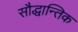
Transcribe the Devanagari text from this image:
सौद्धान्तिक